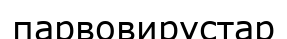
парвовирустар